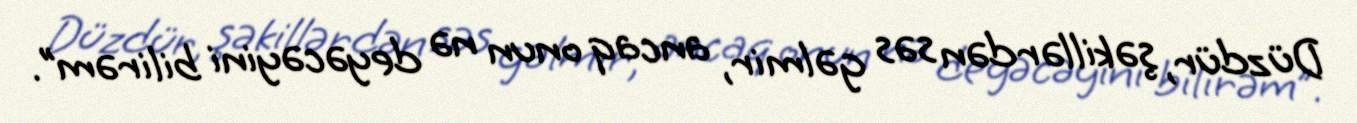
Düzdür, şəkillərdən səs gəlmir, ancaq onun nə deyəcəyini bilirəm”.